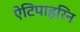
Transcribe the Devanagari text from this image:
ऐटिपाइरिन